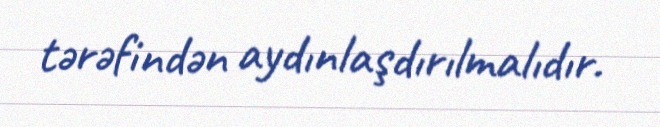
tərəfindən aydınlaşdırılmalıdır.